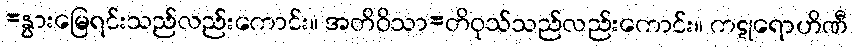
=နွားမြေရင်းသည်လည်းကောင်း။ အတိဝိသာ=တိဝုသ်သည်လည်းကောင်း။ ကဋုရောဟိဏီ